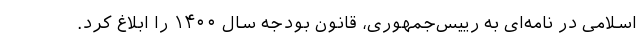
اسلامی‌ در نامه‌ای به رییس‌جمهوری، قانون بودجه سال ۱۴۰۰ را ابلاغ کرد.